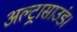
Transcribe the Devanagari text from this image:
अल्ट्रासाउंड।